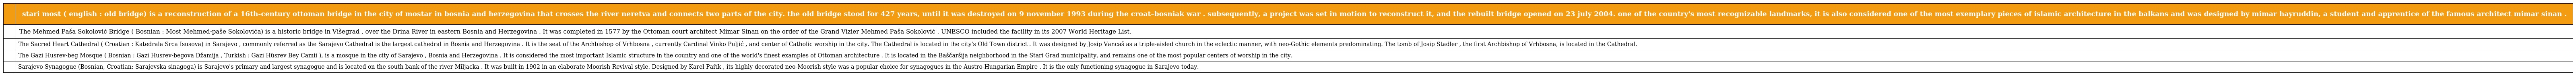
|  | stari most ( english : old bridge) is a reconstruction of a 16th-century ottoman bridge in the city of mostar in bosnia and herzegovina that crosses the river neretva and connects two parts of the city. the old bridge stood for 427 years, until it was destroyed on 9 november 1993 during the croat–bosniak war . subsequently, a project was set in motion to reconstruct it, and the rebuilt bridge opened on 23 july 2004. one of the country's most recognizable landmarks, it is also considered one of the most exemplary pieces of islamic architecture in the balkans and was designed by mimar hayruddin, a student and apprentice of the famous architect mimar sinan . |
 | --- | --- |
 |  | The Mehmed Paša Sokolović Bridge ( Bosnian : Most Mehmed-paše Sokolovića) is a historic bridge in Višegrad , over the Drina River in eastern Bosnia and Herzegovina . It was completed in 1577 by the Ottoman court architect Mimar Sinan on the order of the Grand Vizier Mehmed Paša Sokolović . UNESCO included the facility in its 2007 World Heritage List. |
 |  | The Sacred Heart Cathedral ( Croatian : Katedrala Srca Isusova) in Sarajevo , commonly referred as the Sarajevo Cathedral is the largest cathedral in Bosnia and Herzegovina . It is the seat of the Archbishop of Vrhbosna , currently Cardinal Vinko Puljić , and center of Catholic worship in the city. The Cathedral is located in the city's Old Town district . It was designed by Josip Vancaš as a triple-aisled church in the eclectic manner, with neo-Gothic elements predominating. The tomb of Josip Stadler , the first Archbishop of Vrhbosna, is located in the Cathedral. |
 |  | The Gazi Husrev-beg Mosque ( Bosnian : Gazi Husrev-begova Džamija , Turkish : Gazi Hüsrev Bey Camii ), is a mosque in the city of Sarajevo , Bosnia and Herzegovina . It is considered the most important Islamic structure in the country and one of the world's finest examples of Ottoman architecture . It is located in the Baščaršija neighborhood in the Stari Grad municipality, and remains one of the most popular centers of worship in the city. |
 |  | Sarajevo Synagogue (Bosnian, Croatian: Sarajevska sinagoga) is Sarajevo's primary and largest synagogue and is located on the south bank of the river Miljacka . It was built in 1902 in an elaborate Moorish Revival style. Designed by Karel Pařík , its highly decorated neo-Moorish style was a popular choice for synagogues in the Austro-Hungarian Empire . It is the only functioning synagogue in Sarajevo today. |